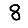
Digit: 8